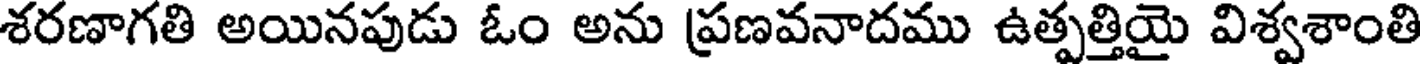
శరణాగతి అయినపుడు ఓం అను ప్రణవనాదము ఉత్పత్తియై విశ్వశాంతి